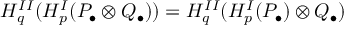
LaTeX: H _ { q } ^ { I I } ( H _ { p } ^ { I } ( P _ { \bullet } \otimes Q _ { \bullet } ) ) = H _ { q } ^ { I I } ( H _ { p } ^ { I } ( P _ { \bullet } ) \otimes Q _ { \bullet } )